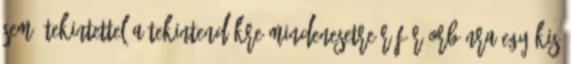
sem, tekintettel a tekintendőkre Mindenesetre ráfér Orbánra egy kis